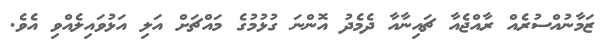
ޒަމާނުއްސުރެއް ރާއްޖެއާ ޗައިނާއާ ދެމެދު އޮންނަ ގުޅުމުގެ މައްޗަށް އަލި އަޅުވައިލެއްވި އެވެ.